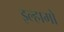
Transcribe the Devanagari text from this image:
इल्हामो